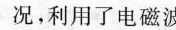
况，利用了电磁波